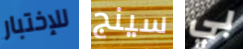
للإختبار سينج بي